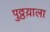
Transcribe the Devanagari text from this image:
पुठ्ठय़ाला